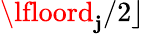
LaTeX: \lfloord_{\mathbf{j}}/2\rfloor